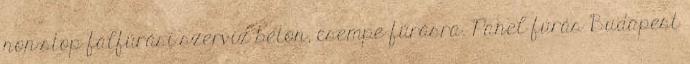
non-stop falfúrási szerviz beton, csempe fúrásra. Panel fúrás Budapest